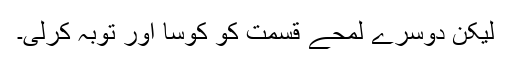
لیکن دوسرے لمحے قسمت کو کوسا اور توبہ کرلی۔